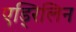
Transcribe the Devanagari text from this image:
एड्रिलिन